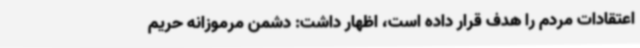
اعتقادات مردم را هدف قرار داده است، اظهار داشت: دشمن مرموزانه حریم